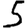
Digit: 5